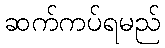
ဆက်ကပ်ရမည်